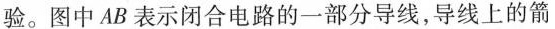
验。图中AB表示闭合电路的一部分导线，导线上的箭